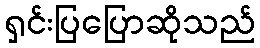
ရှင်းပြပြောဆိုသည်